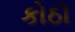
કોઠૉ